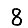
Digit: 8